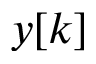
\displaystyle y [ k ]